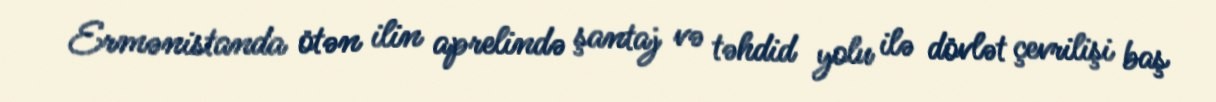
Ermənistanda ötən ilin aprelində şantaj və təhdid yolu ilə dövlət çevrilişi baş